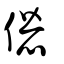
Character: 𠎱